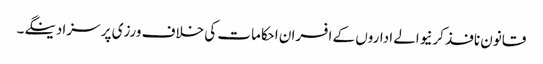
قانون نافذ کرنیوالے اداروں کے افسران احکامات کی خلاف ورزی پر سزا دینگے۔